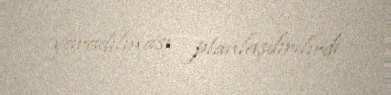
yaradılması planlaşdırılırdı.